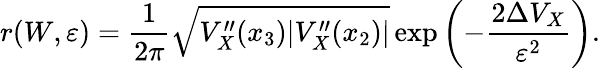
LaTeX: r(W,\varepsilon)=\frac{1}{2\pi}\sqrt{V_{X}^{\prime\prime}(x_{3})\lvert V_{X}^{\prime\prime}(x_{2})\rvert}\, \mathrm{exp}\left(-\frac{2\Delta V_{X}}{\varepsilon^{2}}\right).